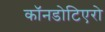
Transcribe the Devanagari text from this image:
कॉनडोटिएरो